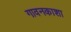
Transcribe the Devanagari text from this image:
गावनकाशा